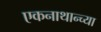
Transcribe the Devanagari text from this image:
एकनाथान्च्या